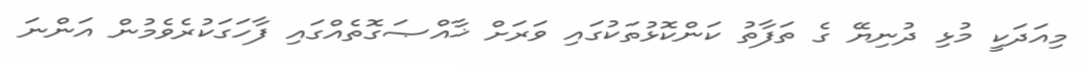
މިއަދަކީ މުޅި ދުނިޔޭ ގެ ތަފާތު ކަންކޮޅުތަކުގައި ވަރަށް ޚާއްޞަގޮތެއްގައި ފާހަގަކުރެވެމުން އަންނަ